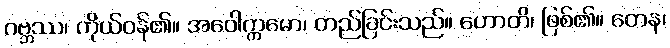
ဂဗ္ဘဿ၊ ကိုယ်ဝန်၏။ အဝေါက္ကမော၊ တည်ခြင်းသည်။ ဟောတိ၊ ဖြစ်၏။ တေန၊